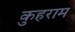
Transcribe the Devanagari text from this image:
कुहराम